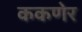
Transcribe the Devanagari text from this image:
ककणेर